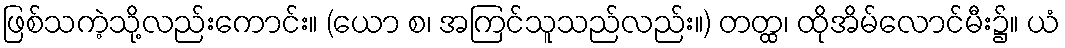
ဖြစ်သကဲ့သို့လည်းကောင်း။ (ယော စ၊ အကြင်သူသည်လည်း။) တတ္ထ၊ ထိုအိမ်လောင်မီး၌။ ယံ